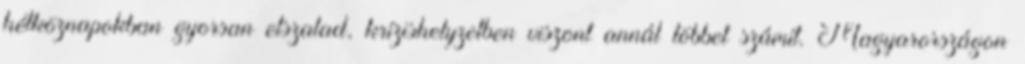
hétköznapokban gyorsan elszalad, krízishelyzetben viszont annál többet számít. Magyarországon